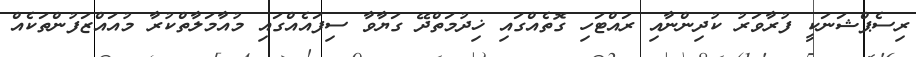
ރިސެޕްޝަނަކީ ފުރާވަރު ކުދިންނާއި ރައްޓަހި ގޮތެއްގައި ޚިދުމަތްދޭ ގަޔާވާ ސިފައެއްގައި މުއާމަލާތްކުރާ މުއައްޒަފުންތަކެއް